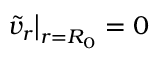
\left. \tilde { v } _ { r } \right| _ { r = R _ { 0 } } = 0